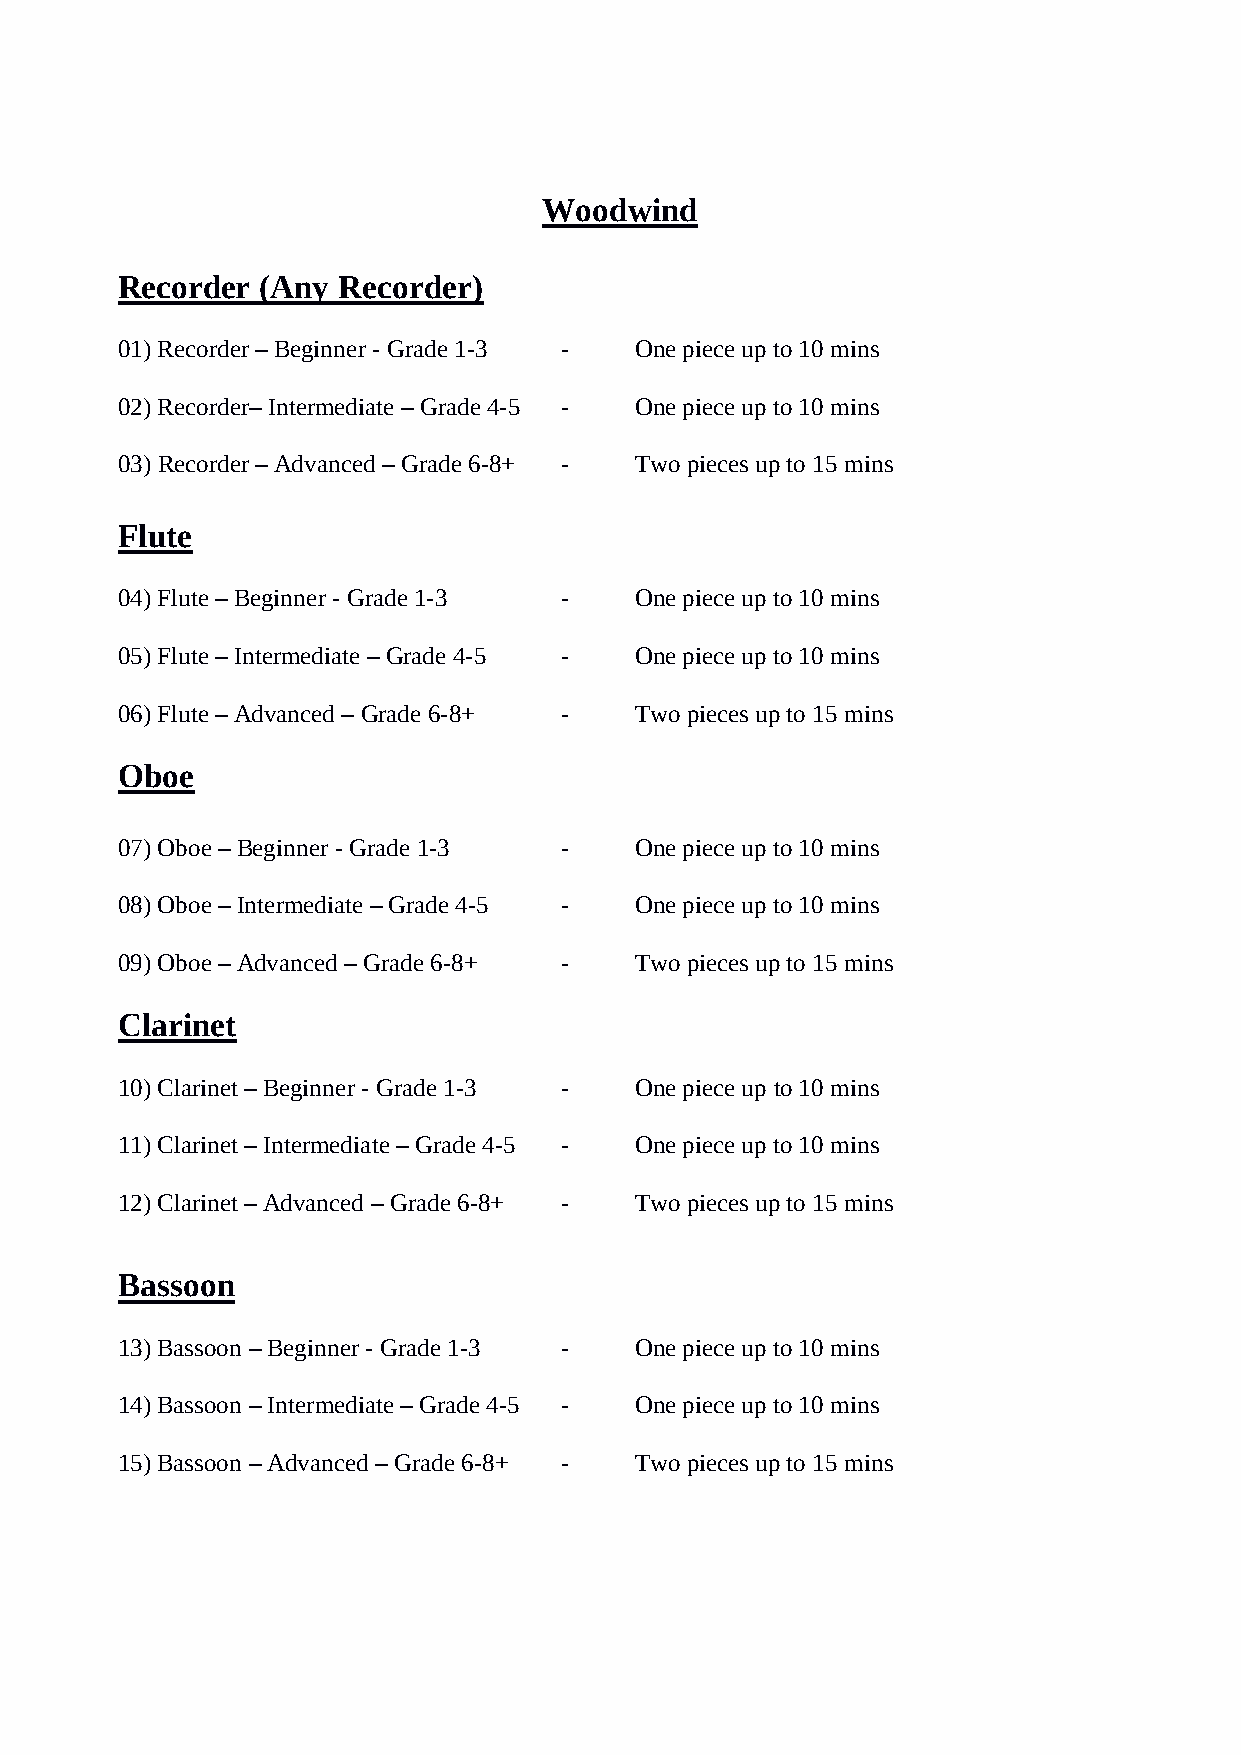
Woodwind
 Recorder (Any Recorder)
 01) Recorder – Beginner - Grade 1-3 - One piece up to 10 mins
 02) Recorder– Intermediate – Grade 4-5 - One piece up to 10 mins
 03) Recorder – Advanced – Grade 6-8+ - Two pieces up to 15 mins
 Flute
 04) Flute – Beginner - Grade 1-3 - One piece up to 10 mins
 05) Flute – Intermediate – Grade 4-5 - One piece up to 10 mins
 06) Flute – Advanced – Grade 6-8+ - Two pieces up to 15 mins
 Oboe
 07) Oboe – Beginner - Grade 1-3 - One piece up to 10 mins
 08) Oboe – Intermediate – Grade 4-5 - One piece up to 10 mins
 09) Oboe – Advanced – Grade 6-8+ - Two pieces up to 15 mins
 Clarinet
 10) Clarinet – Beginner - Grade 1-3 - One piece up to 10 mins
 11) Clarinet – Intermediate – Grade 4-5 - One piece up to 10 mins
 12) Clarinet – Advanced – Grade 6-8+ - Two pieces up to 15 mins
 Bassoon
 13) Bassoon – Beginner - Grade 1-3 - One piece up to 10 mins
 14) Bassoon – Intermediate – Grade 4-5 - One piece up to 10 mins
 15) Bassoon – Advanced – Grade 6-8+ - Two pieces up to 15 mins